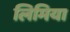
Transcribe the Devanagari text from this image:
लिमिया